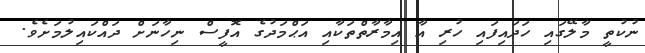
ނުކުތީ މާލޭގައި ހަދައިފައި ހުރި އާ އިމާރާތްތަކާއި އަޙްމަދުގެ އޮފީސް ނިހާނަށް ދައްކައިލުމަށެވެ.